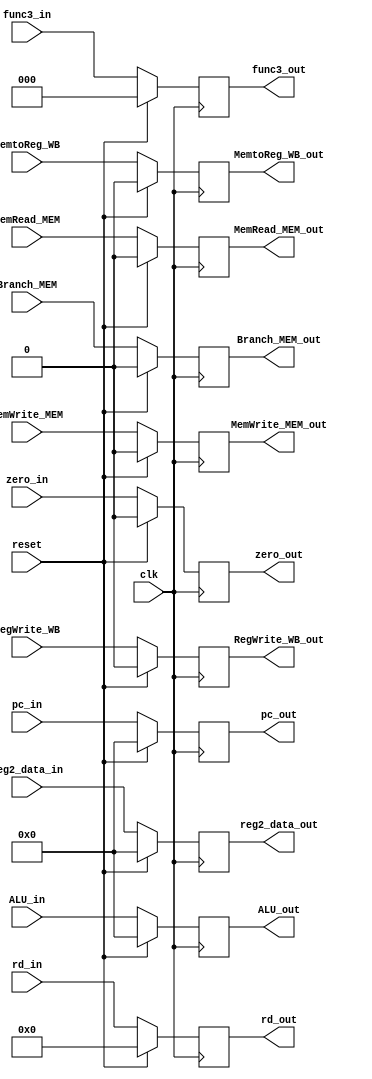
`timescale 1ns / 1ps
//////////////////////////////////////////////////////////////////////////////////
// Company: 
// Engineer: 
// 
// Design Name: 
// Module Name: ex_mem
// Project Name: 
// Target Devices: 
// Tool Versions: 
// Description: 
// 
// Dependencies: 
// 
// Revision:
// Revision 0.01 - File Created
// Additional Comments:
// 
//////////////////////////////////////////////////////////////////////////////////


module ex_mem(input clk, reset,
           input zero_in,
           input[31:0] ALU_in,
           input[31:0] pc_in,
           input[31:0] reg2_data_in,
           input[4:0] rd_in,
           input[2:0] func3_in,
           input MemtoReg_WB, RegWrite_WB, MemRead_MEM, MemWrite_MEM, Branch_MEM,
           
           output reg zero_out,
           output reg[31:0] ALU_out,
           output reg[31:0] pc_out,
           output reg[31:0] reg2_data_out,
           output reg[4:0] rd_out,
           output reg[2:0] func3_out,
           output reg MemtoReg_WB_out, RegWrite_WB_out, MemRead_MEM_out, MemWrite_MEM_out, Branch_MEM_out
    );
    
     always@(posedge clk)
        begin
        if (reset)
            begin
                ALU_out <= 32'b0;
                zero_out <= 0;
                pc_out <= 32'b0;
                reg2_data_out <= 32'b0;
                rd_out <= 5'b0;
                func3_out <= 3'b0;
                MemtoReg_WB_out <= 1'b0;
                RegWrite_WB_out <= 1'b0;
                MemRead_MEM_out <= 1'b0;
                MemWrite_MEM_out <= 1'b0;
                Branch_MEM_out <= 1'b0;
            end
        else
            begin
                ALU_out <= ALU_in;
                zero_out <= zero_in;
                pc_out <= pc_in;
                reg2_data_out <= reg2_data_in;
                rd_out <= rd_in;
                func3_out <= func3_in;
                MemtoReg_WB_out <= MemtoReg_WB;
                RegWrite_WB_out <= RegWrite_WB;
                MemRead_MEM_out <= MemRead_MEM;
                MemWrite_MEM_out <= MemWrite_MEM;
                Branch_MEM_out <= Branch_MEM;
            end
        end
endmodule